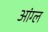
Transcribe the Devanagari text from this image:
आंग्‍ल